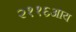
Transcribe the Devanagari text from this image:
२११६आय